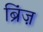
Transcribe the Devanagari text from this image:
ब्रिंज़